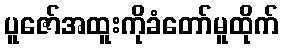
ပူဇော်အထူးကိုခံတော်မူထိုက်